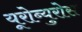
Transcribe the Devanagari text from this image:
यूरोब्युरोस